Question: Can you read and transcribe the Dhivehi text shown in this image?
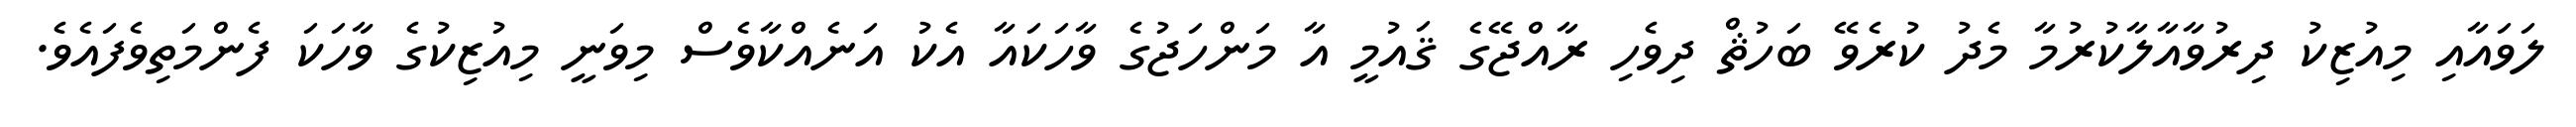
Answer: ލަވައާއި މިއުޒިކު ދިރުވާއާލާކުރުމާ މެދު ކުރެވޭ ބަހުޘް ދިވެހި ރާއްޖޭގެ ޤައުމީ އާ މަންހަޖުގެ ވާހަކައާ އެކު އަނެއްކާވެސް މިވަނީ މިއުޒިކުގެ ވާހަކަ ފެންމަތިވެފައެވެ.